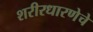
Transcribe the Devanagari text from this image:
शरीरधारणेचे